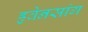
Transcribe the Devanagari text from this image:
हृवेनसांग